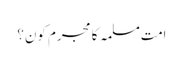
امتِ مسلمہ کا مجرم کون؟